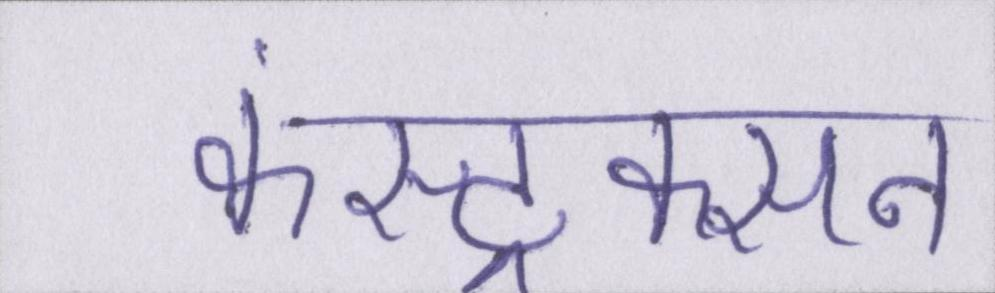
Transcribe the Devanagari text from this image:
कंस्ट्रक्सन